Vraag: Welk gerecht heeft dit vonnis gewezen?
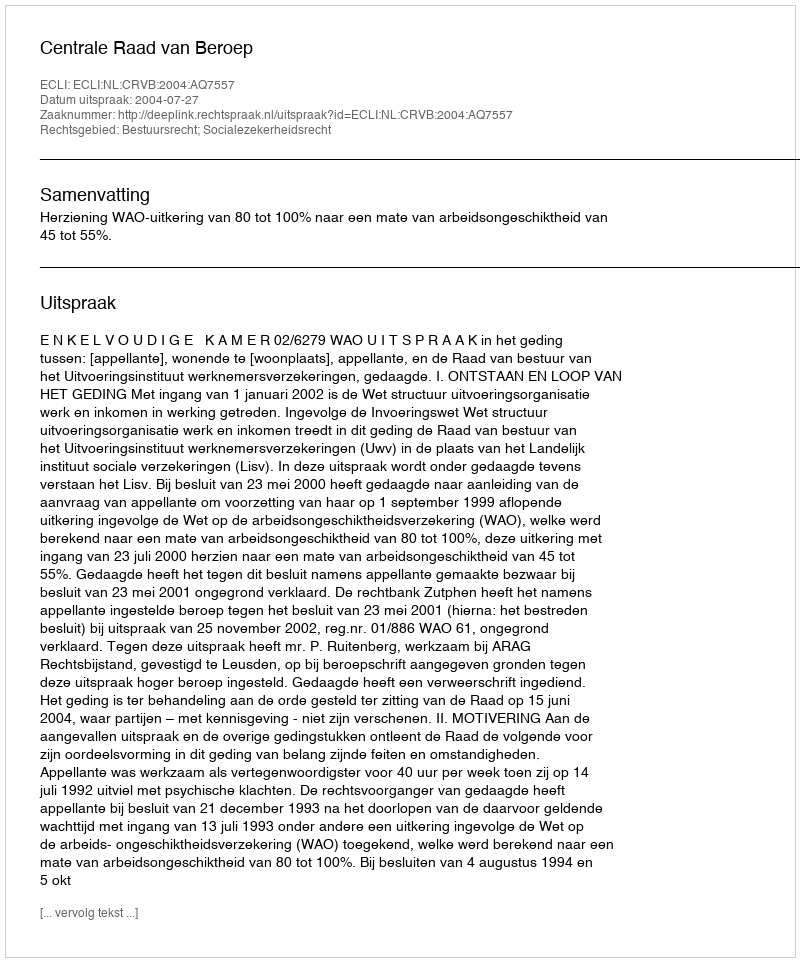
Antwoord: Centrale Raad van Beroep